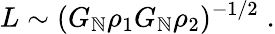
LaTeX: L\sim(G_{\mathbb{N}}\rho_{1}G_{\mathbb{N}}\rho_{2})^{-1/2}\; .